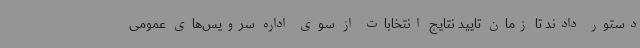
دستور دادند تا زمان تایید نتایج انتخابات از سوی اداره سرویس‌های عمومی